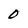
Character: O